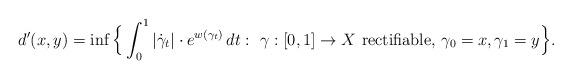
LaTeX: \begin{align*}d'(x,y)=\inf\Big\{ \int_0^1 |\dot\gamma_t|\cdot e^{w(\gamma_t)}\,dt: \ \gamma:[0,1]\to X \mbox{ rectifiable, } \gamma_0=x, \gamma_1=y\Big\}.\end{align*}